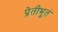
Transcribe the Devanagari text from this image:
प्रेतीभूतं